Vaccination in Burma 1920-1933 - 1920-1933
Year: 1920
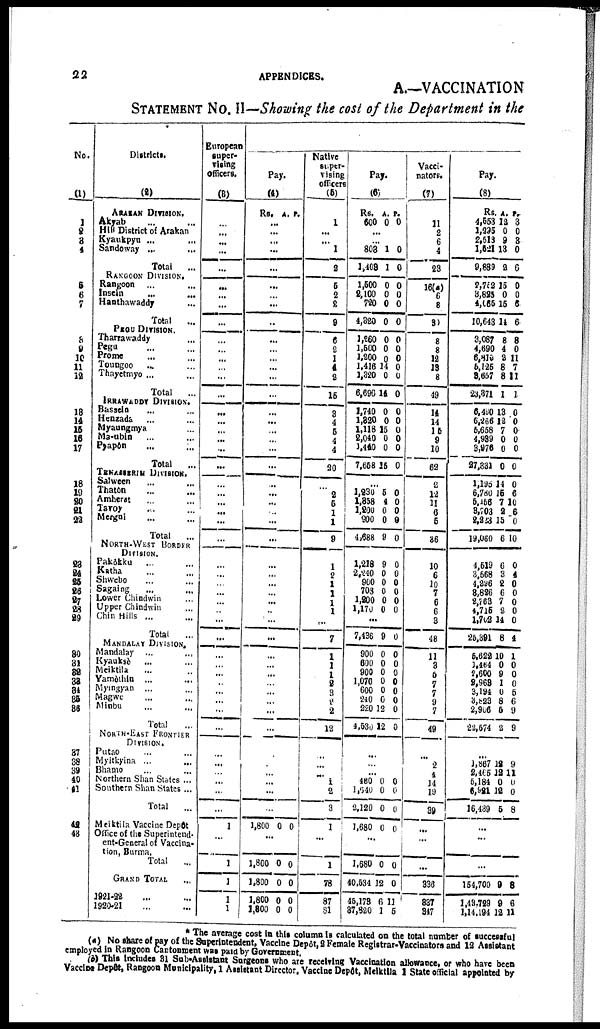
22
APPENDICES.
A.—VACCINATION
STATEMENT No. II—Showing the cost of the Department in the
No.
(1)
1 2
3
4
5
6
7
8
9
10
11
12
13
14
15
16
17
18
19
20
21
22
23
24
25
26
27
28
29
30
31
32
33
34
35
36
37
38
39
40
41
42 43
Districts.
(2)
ARAKAN DIVISION.
Akyab ... ...
Hill District of Arakan
Kyaukpyn ...
...
Sandoway ...
...
Total ...
RANGOON DIVISION.
Rangoon ... ...
Inseui
...
...
Hanthawaddy ...
Total
...
PEGU DIVISION.
Tharrawaddy ...
Pegu
... ...
Prom ... ...
Toungoo ... ...
Thayetmyo ... ...
Total
...
IRRAWADDY DIVISION.
Bassein ... ...
Henzada ... ...
Myaungmya ...
Ma-ubin ... ...
Pyapôn ... ...
Total
...
TENASSIRIM DIVISION.
Salween ... ...
Thatôn ... ...
Amherst ... ...
Tavoy ... ...
Meigui ... ...
Total ...
NORTH-WEST BORDER
DIVISION.
Pakôkku
... ...
Katha ... ...
Shwebo ... ...
Sagaing ... ...
Lower Chindwin ...
Upper Chindwin...
Chin Hills ... ...
Total
...
MANDALAY DIVISION.
Mandalay ...
...
Kyauksè ... ...
Meiktila ... ...
Yamèthin ... ...
Myingyan ... ...
Magwe ... ...
Minbu ... ...
Total ...
NORTH-EAST FRONTIER
DIVISION.
Putao ... ...
Myitkyina ... ...
Bhamo ... ...
Northern Shan States ...
Southern Shan States...
Total ...
Meiktila Vaccine Depôt
Office of the Superintend-
ent-General of Vaccina¬
tion, Burma.
Total ...
GRAND TOTAL
...
1921-22 ... ...
1920-21 ... ...
European
super¬
vising
officers.
(3)
...
...
...
...
...
...
...
...
...
...
...
...
...
...
...
...
... ...
...
...
...
...
...
...
...
...
...
...
...
...
...
...
... ...
...
...
...
...
...
...
...
...
...
...
...
...
...
...
...
1
...
1
1
1
1
Pay.
(4)
Rs. A. P.
...
...
...
...
...
... ...
...
...
...
...
...
...
...
...
...
...
...
...
...
...
...
...
...
...
...
...
...
...
...
...
...
...
...
...
...
...
...
...
...
...
...
...
...
...
...
...
...
...
1,800 0 0
...
1,800
1,800
1,800
1,300
0
0
0
0
0
0
0
0
Native
super¬
vising
officers
(5)
1
...
...
1
2
5
2
2
9
6
2
1
4
2
15
3
4
5
4
4
20
...
...
...
...
1
9
1
2
1
1
1
1
...
7
1
1
1
2
3
2
2
12
...
...
... 1
2
3
1
...
1
78
87
81
Pay.
(6)
Rs.
600
A.
0
P.
0
...
...
803
1,409
1
1
0
0
1,500 2,100
720
4,820
0
0
0
0
0
0
0
0
1,260
1,500
1,200
1,416
1,320
6,696
0
0
0
14
0
14
0
0
0
0
0
0
1,740
1,320
1,118
2,040
1,440
7,658
0
0
15
0
0
15
0
0
0
0
0
0
...
1,230
1,358
1,200
900
4,688
5
4
0
0
9
0
0
0
0
0
1,218
2,240
900
708
1,200
1,170
9
0
0
0
0
0
0
0
0
0
0
0
...
7,436 9 0
900
600
900
1,070
600
240
220
4,530
0
0
0
0
0
0
12
12
0 0
0
0
0
0
0
0
...
...
...
480
1,640
2,120
1,680
0 0
0
0
0
0
0
0
...
1,680
40,534
45,178
37,820
0
12
6
1
0
0
11
6
Vacci-
nators.
(7)
11
2
6
4
23
16(a)
6
8
30
8
8
12
13
8
49
14
14
15
9
10
62
2
12
11
6
5
36
10
6
10
7
6
6
3
48
11
3
5
7
7
9
7
49
...
2
4
14
19
39
...
...
...
336
337
347
Pay.
(8)
Rs
4,553
1,295
2,513
1,521
9,889
A.
12
0
9
13
2
P.
32
0
3
0
6
2,752
3,825
4,065
10,643
15
0
15
14
0
0
6
6
3,087
4,690
6,810
5,125
3,657
23,371
8
4
2
8
8
1
8
0
11 7
11
1
6,490
6,266
5,658
4,939
3,976
27,331
13
12
7
0
0
0
0
0
0
0
0
0
1,195
6,780
5,156
3,703
2,223
19,060
14
15
7
2
15
6
0
6
10
6
0
10
4,519
3,558
4,296
8,826
2,763
4,715
1,702
25,391
6
3
2
6
7
2
14
8
0
4
0
0
0
0
0
4
5,622
1,464
2,600
2,963
3,194
3,823
2,906
22,574
10
0
9
1
0
8
5
2
1
0 0
0
5
6
9
9
...
1,867
2,465
5,184
6,921
16,439
12
12
0
12
5
9
11
0
0
8
...
...
...
154,700
1 48,729
1,14,194
9
9
12
8
6
11
* The average cost in this column is calculated on the total number of successful
(a) No share of pay of the Superintendent, Vaccine Depôt, 2 Female Registrar-Vaccinators and 12 Assistant
employed in Rangoon Cantonment was paid by Government.
(b) This includes 31 Sub-Assistant Surgeons who are receiving Vaccination allowance, or who have been
Vaccine Depôt, Rangoon Municipality, 1 Assistant Director, Vaccine Depôt, Meiktila 1 State official appointed by